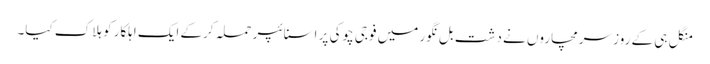
منگل ہی کے روز سرمچاروں نے دشت بل نگور میں فوجی چوکی پر اسنائپر حملہ کرکے ایک اہلکار کو ہلاک کیا۔